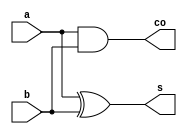
//nithish selva M 20l136//
module halfadder(
    input a,b,
    output s,co
    );
assign s=a^b;
  assign co=a&b;
endmodule